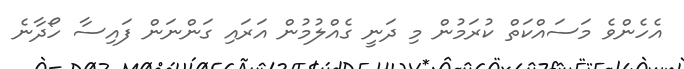
އެހެންވެ މަސައްކަތް ކުރަމުން މި ދަނީ ގެއްލުމުން އަރައި ގަންނަން ފައިސާ ހޯދާނެ